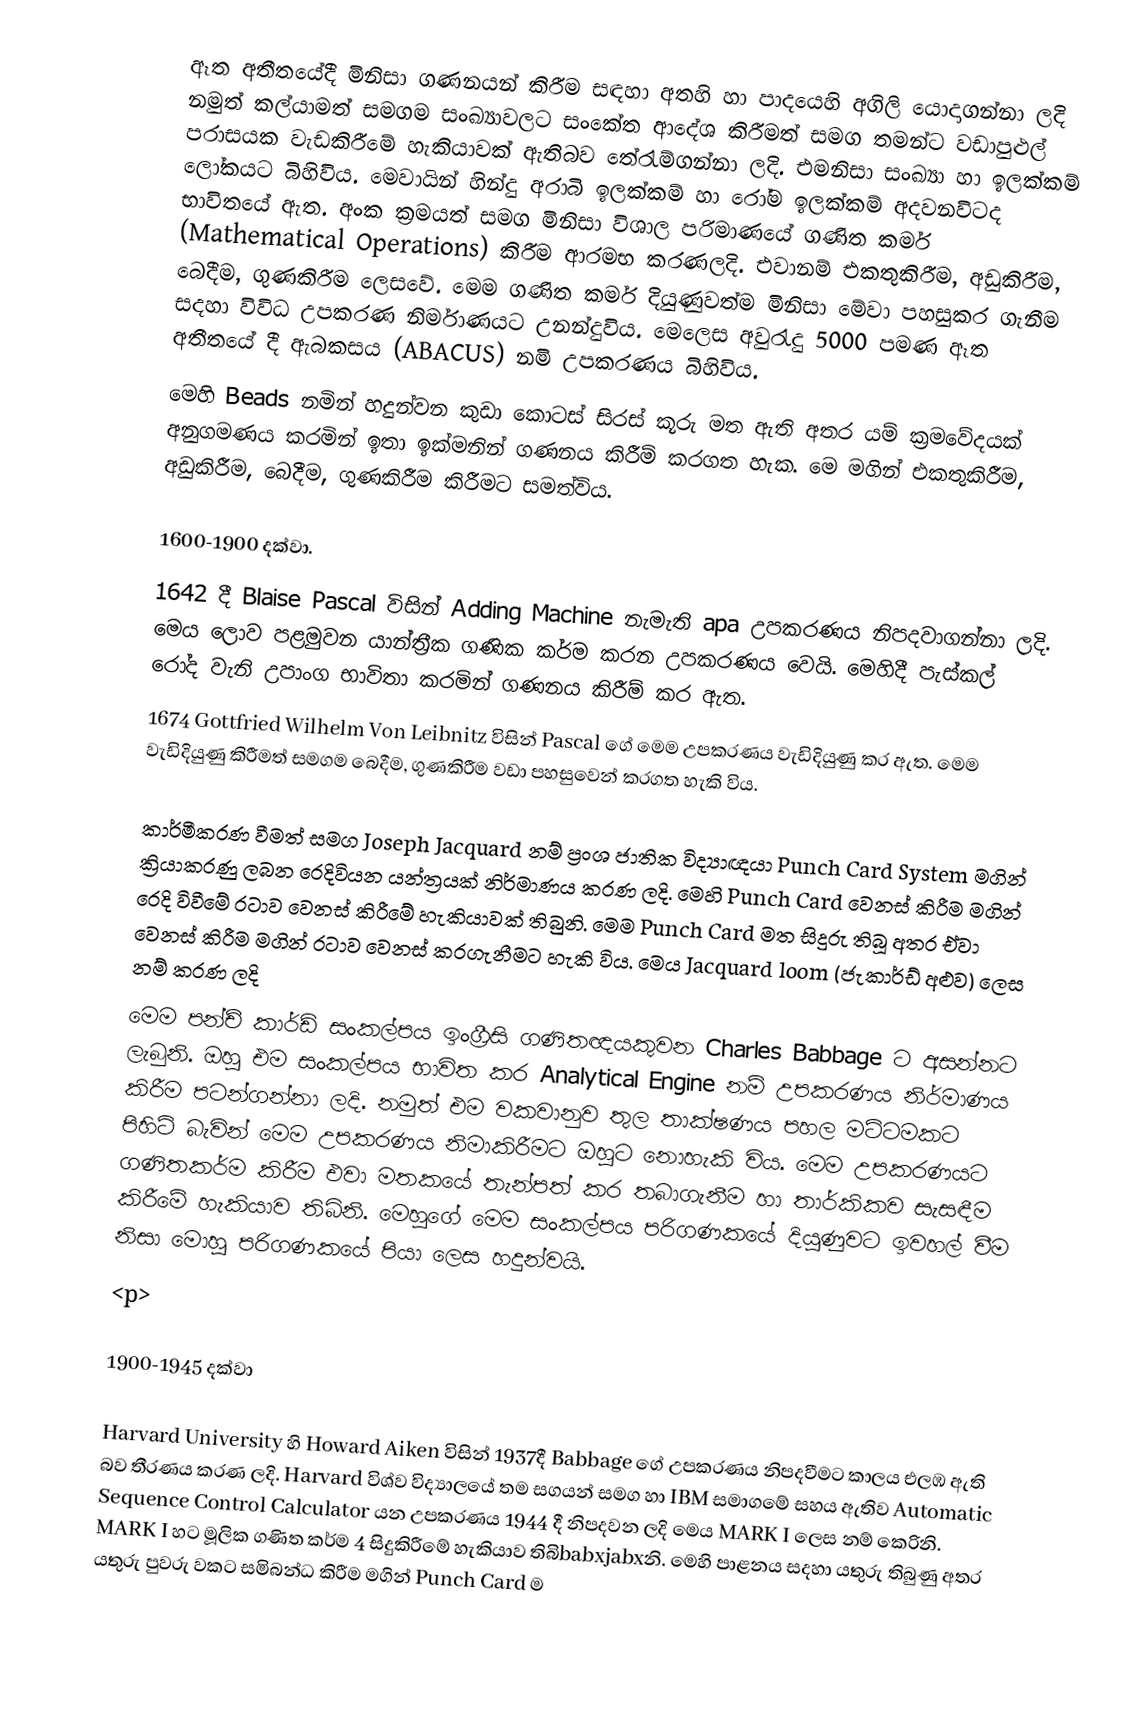
ඈත අතීතයේදී මිනිසා ගණනයන් කිරීම සඳහා අතහි හා පාදයෙහි අගිලි යොදාගන්නා ලදි නමුත් කල්යාමත් සමගම සංඛ්‍යාවලට සංකේත  ආදේශ කිරීමත් සමග තමන්ට වඩාපුළුල් පරාසයක වැඩකිරීමේ හැකියාවක් ඇතිබව තේරැම්ගන්නා ලදි.  එමනිසා සංඛ්‍යා හා ඉලක්කම් ලෝකයට බිහිවිය. මෙවායින් හින්දු අරාබි ඉ‍ලක්කම් හා රෝම ඉලක්කම් අදවනවිටද භාවිතයේ ඇත. අංක ක්‍රමයත් සමග මිනිසා විශාල පරිමාණයේ ගණිත කර්ම (Mathematical Operations) කිරීම ආරමභ කරණලදි. එවානම් එකතුකිරීම, අඩුකිරීම, බෙදීම, ගුණකිරීම ලෙසවේ. මෙම ගණිත කර්ම දියුණුවත්ම මිනිසා මේවා පහසුකර ගැනීම සදහා විවිධ උපකරණ නිර්මාණයට උනන්දුවිය. මෙලෙස අවුරැදු 5000 පමණ  ඈත අතීතයේ දී ඇබකසය (ABACUS) නමි උපකරණය බිහිවිය.
මෙහි Beads නමින් හදුන්වන කුඩා කොටස් සිරස් කූරු මත ඇති අතර යම් ක්‍රමවේදයක් අනුගමණය කරමින් ඉතා ඉක්මනින් ගණනය කිරීම් කරගත හැක. මෙ මගින් එකතුකිරීම, අඩුකිරීම, බෙදීම, ගුණකිරීම කිරීමට සමත්විය.

1600-1900 දක්වා.
1642 දී Blaise Pascal විසින්  Adding Machine නැමැති apa උපකරණය නිපදවාගන්නා ලදි. මෙය ලොව පළමුවන යාන්ත්‍රීක ගණික කර්ම කරන උපකරණය වෙයි. මෙහිදී පැස්කල් රෝද වැනි උපාංග භාවිතා කරමින් ගණනය කිරීම් කර ඇත.
1674 Gottfried Wilhelm Von Leibnitz විසින් Pascal ගේ මෙම උපකරණය වැඩිදියුණු කර ඇත. මෙම වැඩිදියුණු කිරීමත් සමගම බෙදීම, ගුණකිරීම වඩා පහසුවෙන් කරගත හැකි විය.

කාර්මීකරණ වීමත් සමග Joseph Jacquard නම් ප්‍රංශ ජාතික විද්‍යාඥයා Punch Card System මගින් ක්‍රියාකරණු ලබන රෙදිවියන යන්ත්‍රයක් නිර්මාණය කරණ ලදි. මෙහි Punch Card වෙනස් කිරීම මගින් රෙදි විවීමේ රටාව වෙනස් කිරීමේ හැකියාවක් තිබුනි. මෙම Punch Card මත සිදුරු තිබූ අතර ඒවා වෙනස් කිරීම මගින් රටාව වෙනස් කරගැනීමට හැකි විය. මෙය Jacquard loom (ජැකාර්ඩ් අළුව) ලෙස නම් කරණ ලදි
මෙම පන්ච් කාර්ඩ් සංකල්පය ඉංග්‍රීසි ගණිතඥයකුවන Charles Babbage ට අසන්නට ලැබුනි. ඔහු එම සංකල්පය භාවිත කර Analytical Engine නම් උපකරණය නිර්මාණය කිරීම පටන්ගන්නා ලදි. නමුත් එම වකවානුව තුල තාක්ෂණය පහල මට්ටමකට පිහිටි බැවින් මෙම උපකරණය නිමාකිරීමට ඔහුට නොහැකි විය. මෙම උපකරණයට ගණිතකර්ම කිරීම එවා මතකයේ තැන්පත් කර තබාගැනීම හා තාර්කිකව සැසඳීම කිරීමේ හැකියාව තිබිනි. මෙහුගේ මෙම සංකල්පය පරිගණකයේ දියුණුවට ඉවහල් වීම නිසා මොහු පරිගණකයේ පියා ලෙස හදුන්වයි.
<p>

1900-1945 දක්වා

Harvard University හි Howard Aiken විසින් 1937දී Babbage ගේ උපකරණය නිපදවීමට කාලය එලඹ ඇති බව තීරණය කරණ ලදි. Harvard විශ්ව විද්‍යාලයේ තම සගයන් සමග හා IBM සමාගමේ සහය ඇතිව Automatic Sequence Control Calculator යන උපකරණය 1944 දී නිපදවන ලදි මෙය MARK I ලෙස නම් කෙරිනි. MARK I හට මූලික ගණිත කර්ම 4 සිදුකිරීමේ හැකියාව තිබිbabxjabxනි. මෙහි පාළනය සදහා යතුරු තිබුණු අතර යතුරු පුවරු වකට සමිබන්ධ කිරීම මගින් Punch Card ම